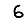
Digit: 6